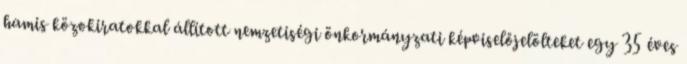
hamis közokiratokkal állított nemzetiségi önkormányzati képviselőjelölteket egy 35 éves